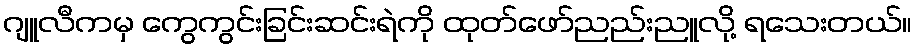
ဂျူလီကမှ ကွေကွင်းခြင်းဆင်းရဲကို ထုတ်ဖော်ညည်းညူလို့ ရသေးတယ်။